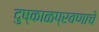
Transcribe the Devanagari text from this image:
दुष्काळप्रवणाचे